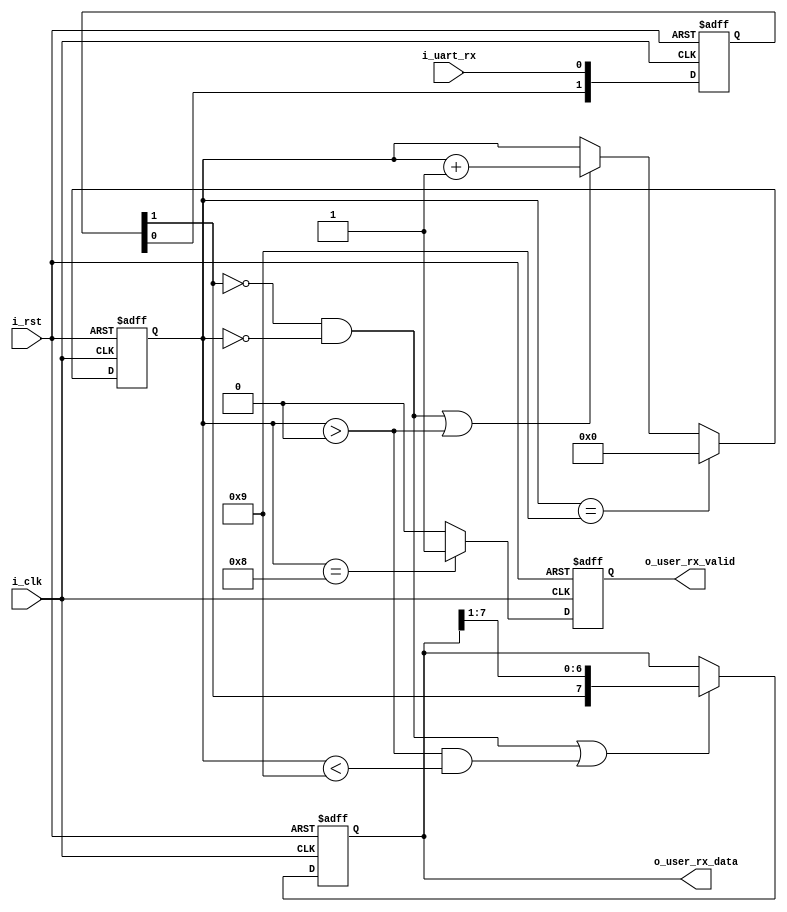
module uart_rx#(
    parameter               P_SYSTEM_CLK             =        50_000_000         ,   //
    parameter               P_UART_BAUND_RATE        =        9600            ,   //??
    parameter               P_UART_DATA_WIDTH        =        8 ,   //
    parameter               P_UART_STOP_WIDTH        =       1  ,   //1??2
    parameter               P_UART_CHECK             =        0        //None=0 Odd-1 Even-2
)
(                  
    input                               i_clk                           ,
    input                               i_rst                           ,

    input                               i_uart_rx                       ,   //uart??

    output [P_UART_DATA_WIDTH - 1 : 0]  o_user_rx_data                  ,
    output                              o_user_rx_valid
);
/*

always@(posedge i_clk or posedge i_rst)
begin
    if (i_rst)

    else if ()

    else
    
end

*/

// ?
reg [1:0]                               ri_uart_rx                      ;
always@(posedge i_clk or posedge i_rst)
begin
    if (i_rst)
        ri_uart_rx <= 'd3;
    else
        ri_uart_rx <= {ri_uart_rx[0], i_uart_rx};
end

// 
reg [15:0]                              r_rx_cnt                        ;
always@(posedge i_clk or posedge i_rst)
begin
    if (i_rst)      
        r_rx_cnt <= 'd0;
    else if (r_rx_cnt == 1 + P_UART_DATA_WIDTH)
        r_rx_cnt <= 'd0;
    else if (ri_uart_rx[1] == 'd0 && r_rx_cnt == 'd0 || r_rx_cnt>0)  
        r_rx_cnt <= r_rx_cnt + 1;
    else
        r_rx_cnt <= r_rx_cnt;
end

// o_user_rx_data
reg [P_UART_DATA_WIDTH - 1 : 0]         ro_user_rx_data                 ;
assign                                  o_user_rx_data = ro_user_rx_data;
always@(posedge i_clk or posedge i_rst)
begin
    if (i_rst)
        ro_user_rx_data <= 'd0;
    else if (ri_uart_rx[1] == 'd0 && r_rx_cnt == 'd0 || r_rx_cnt > 0 && r_rx_cnt < P_UART_DATA_WIDTH+1)
        ro_user_rx_data <= { ri_uart_rx[1], ro_user_rx_data[P_UART_DATA_WIDTH - 1 : 1]};
    else
        ro_user_rx_data <= ro_user_rx_data;
end

// 
reg                                     r_check                         ;
always@(posedge i_clk or posedge i_rst)
begin
    if (i_rst)
        r_check <= 'd1;
    else if (r_rx_cnt > 0 && r_rx_cnt < P_UART_DATA_WIDTH+1)
        r_check <= r_check ^ ri_uart_rx[1];
    else
        r_check <= 'd1;
end

// valid
reg                                     ro_user_rx_valid                ;
assign                                  o_user_rx_valid = ro_user_rx_valid;
always@(posedge i_clk or posedge i_rst)
begin
    if (i_rst)
        ro_user_rx_valid <= 'd0;
    else if (r_rx_cnt == P_UART_DATA_WIDTH && P_UART_CHECK == 0)
        ro_user_rx_valid <= 'd1;
    else if (r_rx_cnt == P_UART_DATA_WIDTH + 1 && P_UART_CHECK == 2 && r_check == !ri_uart_rx[1])
        ro_user_rx_valid <= 'd1;
    else if (r_rx_cnt == P_UART_DATA_WIDTH + 1 && P_UART_CHECK == 1 && r_check == ri_uart_rx[1])
        ro_user_rx_valid <= 'd1;
    else 
        ro_user_rx_valid <= 'd0;
end

endmodule